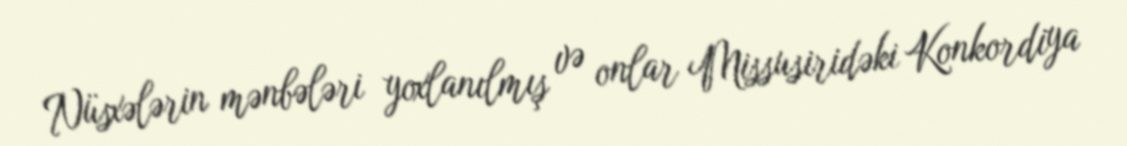
Nüsxələrin mənbələri yoxlanılmış və onlar Missusiridəki Konkordiya